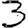
Digit: 3